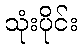
သုံးပိုင်း